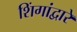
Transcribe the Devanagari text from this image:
शिंगांद्वारे